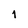
Character: 1